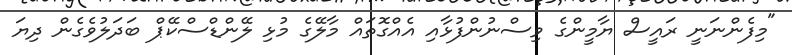
"މިފެންނަނީ ރައީސް ޔާމީންގެ ވިސްނުންފުޅާއި އެއްގޮތައް މާލޭގެ މުޅި ލޭންޑްސްކޭޕް ބަދަލުވެގެން ދިޔަ